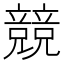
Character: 競